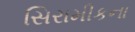
સિરામીકના